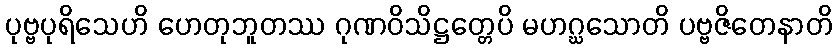
ပုဗ္ဗပုရိသေဟိ ဟေတုဘူတဿ ဂုဏဝိသိဋ္ဌတ္တေပိ မဟဂ္ဃသောတိ ပဗ္ဗဇိတေနာတိ